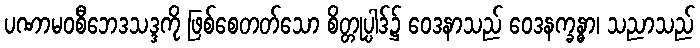
ပဏာမဝစီဘေဒသဒ္ဒကို ဖြစ်စေတတ်သော စိတ္တုပ္ပါဒ်၌ ဝေဒနာသည် ဝေဒနက္ခန္ဓာ၊ သညာသည်